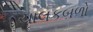
ચાલકબળો